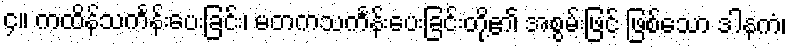
၄။ ကထိန်သင်္ကန်းပေးခြင်း၊ မတကသင်္ကန်းပေးခြင်းတို့၏ အစွမ်းဖြင့် ဖြစ်သော ဒါနကံ၊